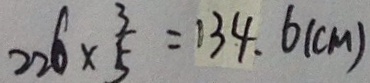
2 2 6 \times \frac { 3 } { 5 } = 1 3 4 . 6 ( c m )